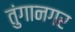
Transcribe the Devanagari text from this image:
तुंगानगर